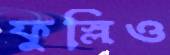
ফুস্‌লিও